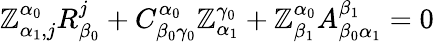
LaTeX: \mathbb{Z}_{\alpha_{1},j}^{\alpha_{0}}R_{\beta_{0}}^{j}+C_{\beta_{0}\gamma_{0}}^{\alpha_{0}}\mathbb{Z}_{\alpha_{1}}^{\gamma_{0}}+\mathbb{Z}_{\beta_{1}}^{\alpha_{0}}A_{\beta_{0}\alpha_{1}}^{\beta_{1}}=0